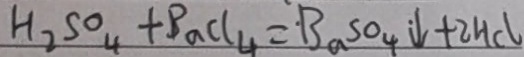
H _ { 2 } S O _ { 4 } + B a C l _ { 4 } = B a S O _ { 4 } \downarrow + 2 H C l